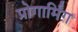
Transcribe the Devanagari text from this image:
प्रोगार्मिंग